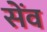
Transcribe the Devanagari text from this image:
सेंव